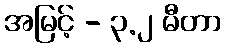
အမြင့် - ၃.၂ မီတာ